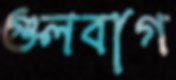
গুলবাগ